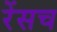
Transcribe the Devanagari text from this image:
रेंसच